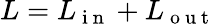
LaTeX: L=L_{\mathrm{~i~n~}}+L_{\mathrm{~o~u~t~}}